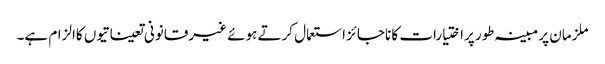
ملزمان پر مبینہ طور پراختیارات کا ناجائز استعمال کرتے ہوئے غیرقانونی تعیناتیوں کاالزام ہے۔